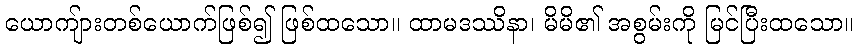
ယောကျ်ားတစ်ယောက်ဖြစ်၍ ဖြစ်ထသော။ ထာမဒဿိနာ၊ မိမိ၏ အစွမ်းကို မြင်ပြီးထသော။